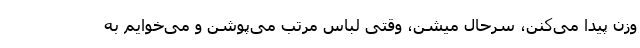
وزن پیدا می‌کنن، سرحال میشن، وقتی لباس مرتب می‌پوشن و می‌خوایم به